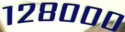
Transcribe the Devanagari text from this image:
१२८०००